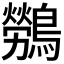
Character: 𮭖